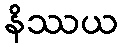
နိဿယ